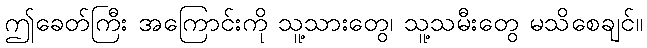
ဤခေတ်ကြီး အကြောင်းကို သူ့သားတွေ၊ သူ့သမီးတွေ မသိစေချင်။